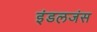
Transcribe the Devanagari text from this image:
इंडलजंस